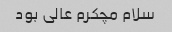
سلام مچکرم عالی بود